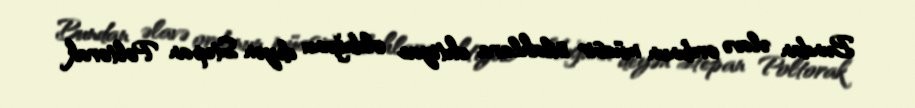
Bundan əlavə ordunun müasir silahlara ehtiyac olduğunu deyən Stepan Poltorak